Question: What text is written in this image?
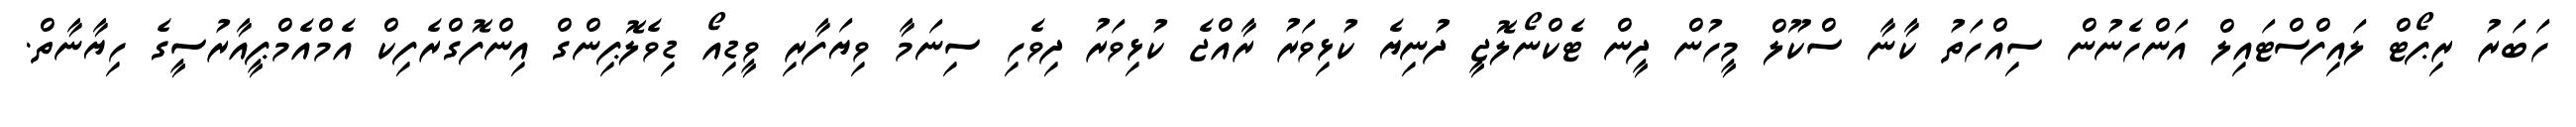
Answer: ހަބަރު ރިޕޯޓް ލައިފްސްޓައިލް އަންހެނުން ސިއްހަތު ކާނާ ސްކޫލް މީހުން ދީން ޓެކްނޯލޮޖީ ދުނިޔެ ކުޅިވަރު ރާއްޖެ ކުޅިވަރު ދިވެހި ސިނަމާ ވިޔަފާރި ވީޑިއޯ ޑިވެލޮޕިންގް އިންފޮގްރެފިކް އެމްއެމްޕީއާރުސީގެ ހިޔާނާތް.